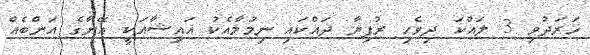
ޚަރަދުވި 3 ލައްކަ ދިވެހި ރުފިޔާ ދައްކައި ނިމުމާއެކު އައިޝާއަކީ އޭނާގެ އަންބެއް